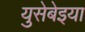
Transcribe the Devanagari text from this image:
युसेबेइया